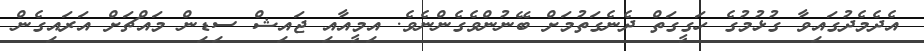
އެދެމެދުގައިވާ ގުޅުމުގެ ހަގީގަތް ދެނެގަތުމަށް ބޭނުންވެގެންނެވެ. އިމީއާއި ޖައިޝް ސިޑިން މައްޗަށް އަރައިގެން